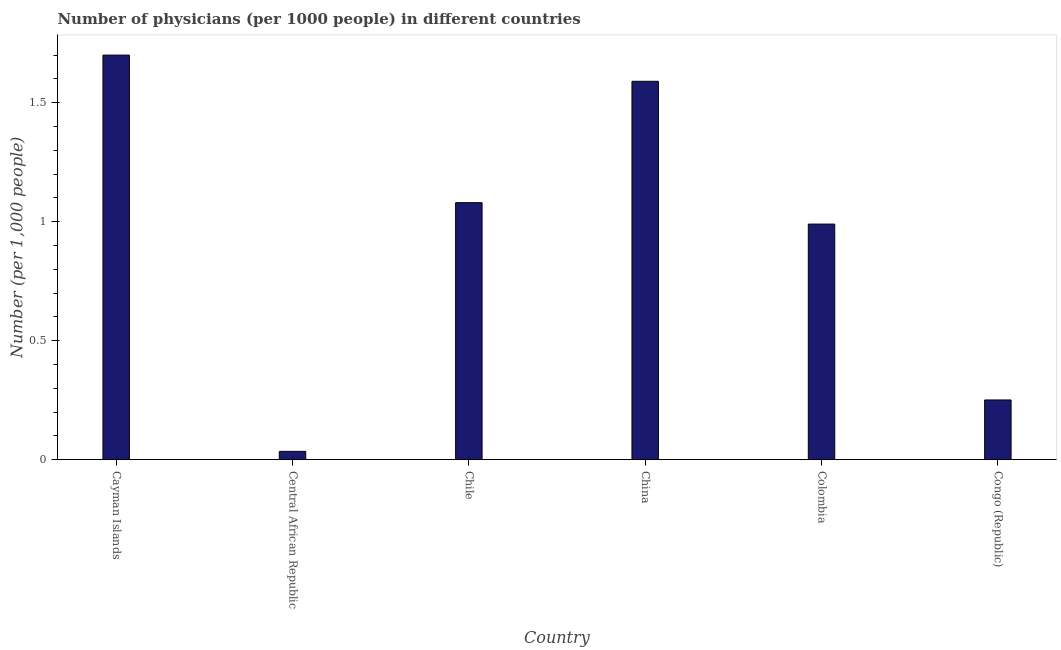
| Country | Physicians |
 | --- | --- |
 | Cayman Islands | 1.7 |
 | Central African Republic | 0.035 |
 | Chile | 1.08 |
 | China | 1.59 |
 | Colombia | 0.99 |
 | Congo (Republic) | 0.251 |